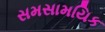
સમસામયિક